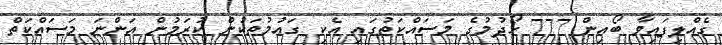
ގެއްލިފައިވާ ބޯއިން 777 ހޯދުމުގެ މަސައްކަތުގައި އެކި ގައުމުތަކުން ކުރަމުން އަންނަ މަސައްކަތް